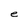
Character: e